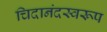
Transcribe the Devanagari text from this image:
चिदानंदस्वरूप